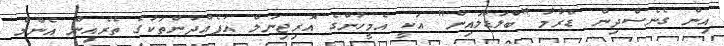
އިން ގެނެސްދިން ޑްރާމާ "ބްލަޑްލައިން" އަކީ އެމީހުންގެ އޮރިޖިނަލް އުފެއްދުންތަކުގެ ތެރެއިން އެންމެ